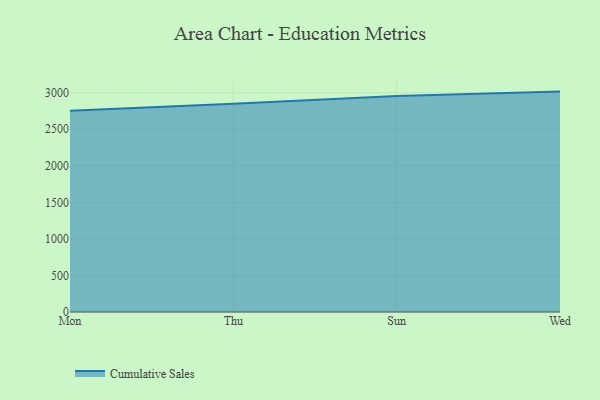
{"axis": {"x": "Day", "y": "Inventory Turnover"}, "legend": ["Cumulative Sales"], "data": [{"x": "Mon", "y": 2754.1, "type": "Cumulative Sales"}, {"x": "Thu", "y": 2847.4, "type": "Cumulative Sales"}, {"x": "Sun", "y": 2956.2, "type": "Cumulative Sales"}, {"x": "Wed", "y": 3015.1, "type": "Cumulative Sales"}]}